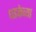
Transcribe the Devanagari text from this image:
धडकेच्या